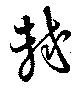
軾